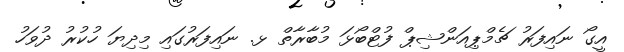
އީގޯ ނައިފަރު ޗެމްޕިއަންޝިޕް ފުޓްބޯޅަ މުބާރާތް ޅ. ނައިފަރުގައި މިދިޔަ ހުކުރު ދުވަހު